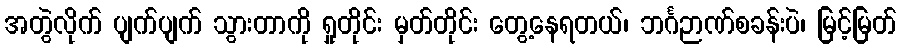
အတွဲလိုက် ပျက်ပျက် သွားတာကို ရှုတိုင်း မှတ်တိုင်း တွေ့နေရတယ်၊ ဘင်္ဂဉာဏ်စခန်းပဲ၊ မြင့်မြတ်